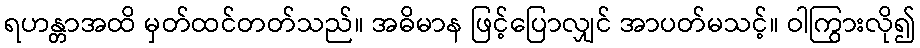
ရဟန္တာအထိ မှတ်ထင်တတ်သည်။ အဓိမာန ဖြင့်ပြောလျှင် အာပတ်မသင့်။ ဝါကြွားလို၍